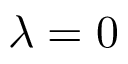
\lambda = 0